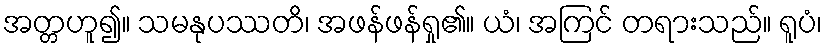
အတ္တဟူ၍။ သမနုပဿတိ၊ အဖန်ဖန်ရှု၏။ ယံ၊ အကြင် တရားသည်။ ရူပံ၊